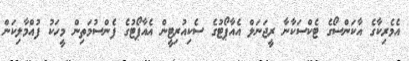
އެމެރިކާގެ އާކަންސޯގެ ޓެކްސަކާނާ ރީޖަނަލް އެއާޕޯޓުގެ ސެކިއުރިޓީން އެއާޕޯޓުގެ ފެންސުމަތިން މީހަކު ފުއްމާލިކަން